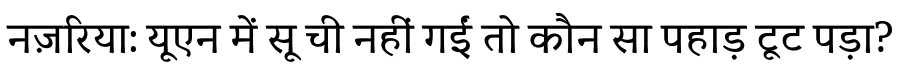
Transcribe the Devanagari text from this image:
नज़रिया: यूएन में सू ची नहीं गईं तो कौन सा पहाड़ टूट पड़ा?